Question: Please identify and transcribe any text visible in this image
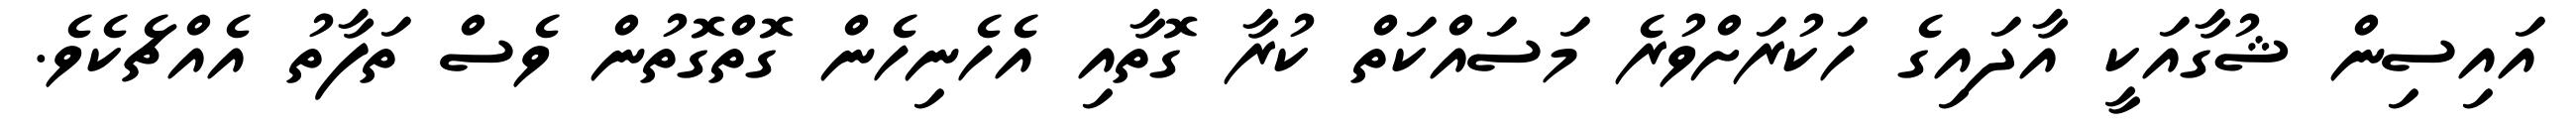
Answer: އައިސިން ޝުގާއަކީ އާދައިގެ ހަކުރަށްވުރެ މަސައްކަތް ކުރާ ގޮތާއި އެހެނިހެން ގޮތްގޮތުން ވެސް ތަފާތު އެއްޗެކެވެ.